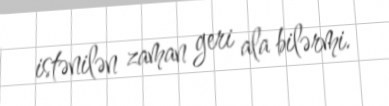
istənilən zaman geri ala bilərmi.